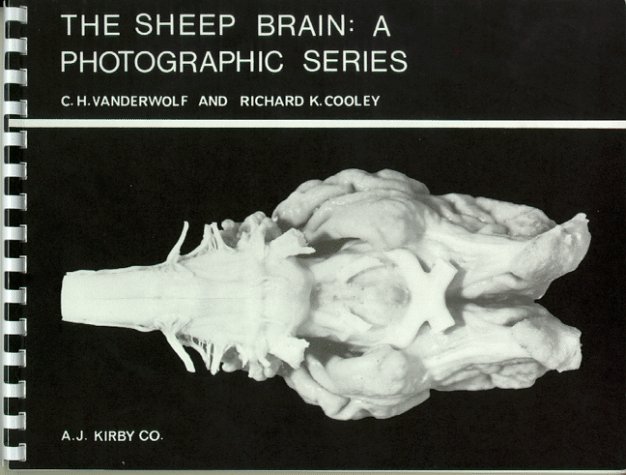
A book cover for The Sheep Brain: A Photographic Series; C. H. Vanderwolf; Medical Books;